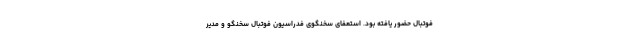
فوتبال حضور یافته بود. استعفای سخنگوی فدراسیون فوتبال سخنگو و مدیر